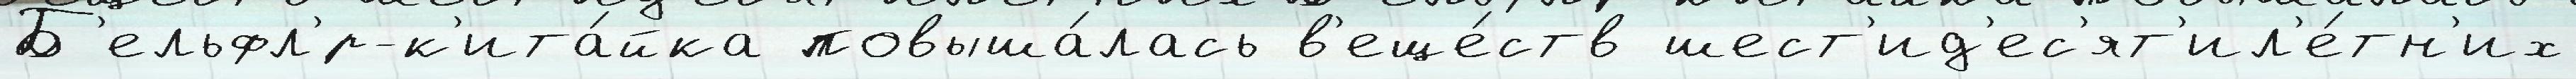
Б'ельфл'́р-к'ита́йка повыша́лась в'еще́ств шест'ид'ес'ят'ил'е́тн'их